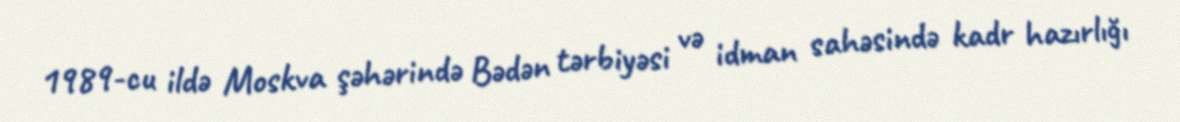
1989-cu ildə Moskva şəhərində Bədən tərbiyəsi və idman sahəsində kadr hazırlığı